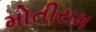
મોતીરામ